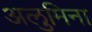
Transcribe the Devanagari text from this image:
अलुमिना